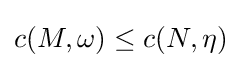
c(M,\omega )\leq c(N,\eta )